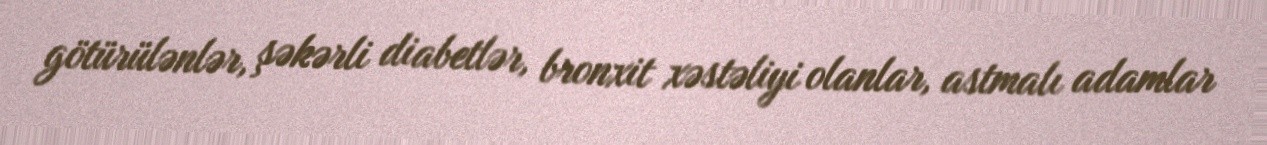
götürülənlər, şəkərli diabetlər, bronxit xəstəliyi olanlar, astmalı adamlar